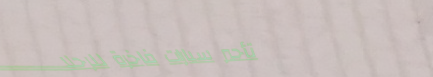
تأجير سيارات فاخرة للرحلا